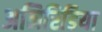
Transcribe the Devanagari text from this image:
अनिरिडिया